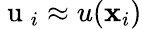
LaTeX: \mathrm{~u~}_{i}\approx u(\mathbf{x}_{i})